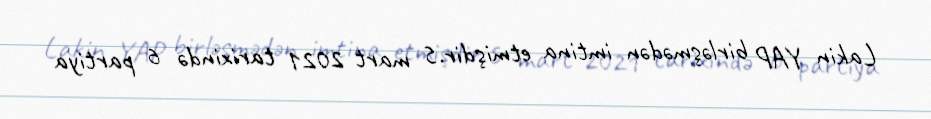
Lakin YAP birləşmədən imtina etmişdir.5 mart 2021 tarixində 6 partiya